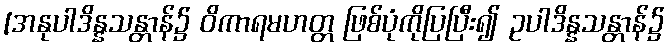
[အနုပါဒိန္နသန္တာန်၌ ဝိကာရမဟတ္တ ဖြစ်ပုံကိုပြပြီး၍ ဥပါဒိန္နသန္တာန်၌